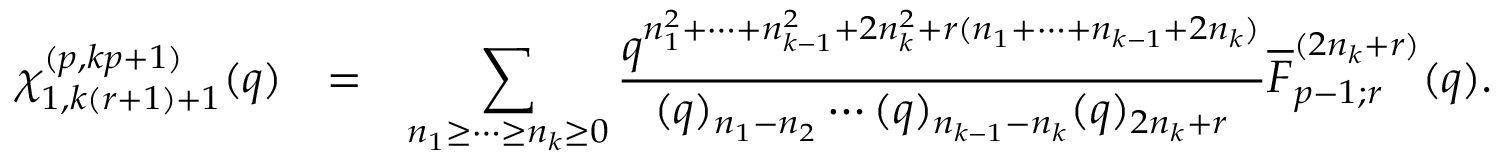
\begin{array} { r c l } { { \chi _ { 1 , k ( r + 1 ) + 1 } ^ { ( p , k p + 1 ) } ( q ) } } & { { = } } & { { \displaystyle \sum _ { n _ { 1 } \geq \cdots \geq n _ { k } \geq 0 } \frac { q ^ { n _ { 1 } ^ { 2 } + \cdots + n _ { k - 1 } ^ { 2 } + 2 n _ { k } ^ { 2 } + r ( n _ { 1 } + \cdots + n _ { k - 1 } + 2 n _ { k } ) } } { ( q ) _ { n _ { 1 } - n _ { 2 } } \cdots ( q ) _ { n _ { k - 1 } - n _ { k } } ( q ) _ { 2 n _ { k } + r } } \overline { { { F } } } _ { p - 1 ; r } ^ { ( 2 n _ { k } + r ) } ( q ) . } } \end{array}